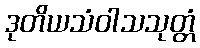
ဒုတိယသံဝါသသုတ္တံ